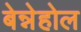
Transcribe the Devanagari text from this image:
बेन्नेहोल